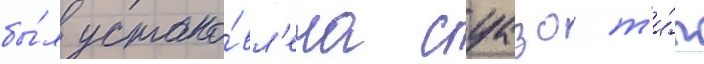
бы́л устано́вл'ена суазо т'и́п